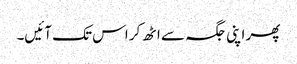
پھر اپنی جگہ سے اٹھ کر اس تک آئیں۔